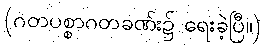
(ဂတပစ္စာဂတခဏ်း၌ ရေးခဲ့ပြီ။)